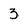
Character: 3